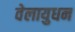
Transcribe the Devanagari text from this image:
वेलायुधन